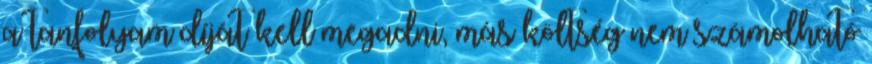
a tanfolyam díját kell megadni, más költség nem számolható